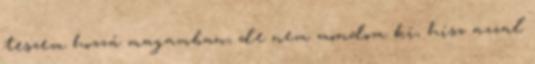
teszem hozzá magamban, de nem mondom ki, hisz azzal